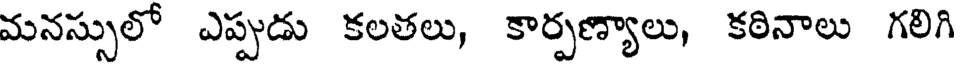
మనస్సులో ఎప్పుడు కలతలు, కార్పణ్యాలు, కఠినాలు గలిగి